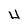
Character: H